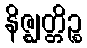
နိဇ္ဈတ္တိဉ္စ